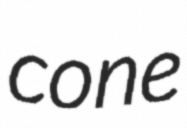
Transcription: cone